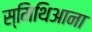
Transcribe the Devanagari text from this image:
स्मिथिआना